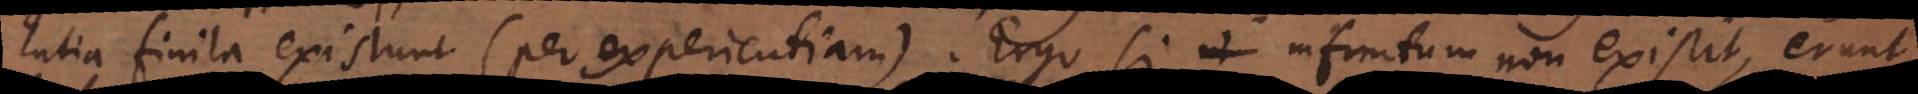
Entia finita existunt (per experientiam). Ergo si infinitum non existit, erunt